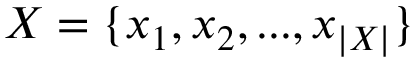
X = \{ x _ { 1 } , x _ { 2 } , . . . , x _ { | X | } \}